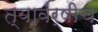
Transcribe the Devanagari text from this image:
त्यावर्षीच